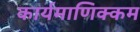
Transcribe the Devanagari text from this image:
कार्यमाणिक्कम